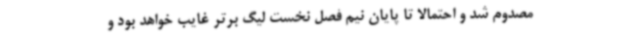
مصدوم شد و احتمالا تا پایان نیم فصل نخست لیگ برتر غایب خواهد بود و